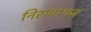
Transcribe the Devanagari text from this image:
निरावागज